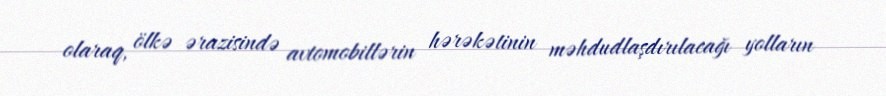
olaraq, ölkə ərazisində avtomobillərin hərəkətinin məhdudlaşdırılacağı yolların